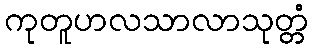
ကုတူဟလသာလာသုတ္တံ